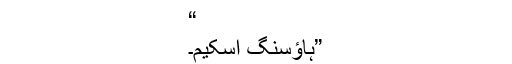
“
”ہاؤسنگ اسکیم۔